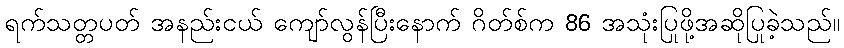
ရက်သတ္တပတ် အနည်းငယ် ကျော်လွန်ပြီးနောက် ဂိတ်စ်က 86 အသုံးပြုဖို့အဆိုပြုခဲ့သည်။